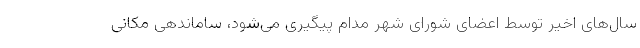
سال‌های اخیر توسط اعضای شورای شهر مدام پیگیری می‌شود، ساماندهی مکانی